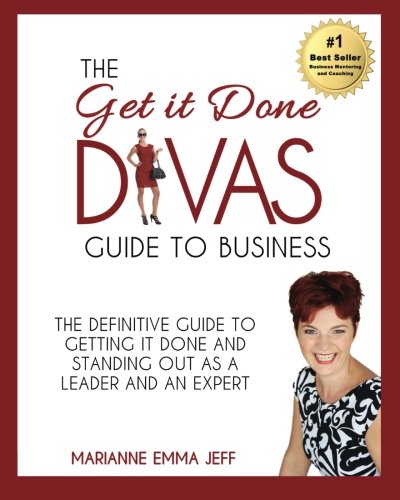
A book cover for The Get it Done Divas Guide to Business: The Definitive Guide to Getting it Done and Standing Out as a Leader and Expert; Marianne Emma Jeff; Business & Money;